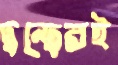
দ্বন্দ্বেরই